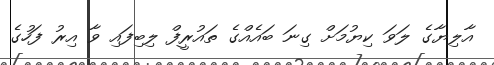
އާލިޔާގެ ލަވަ ކިޔުމަށް ގިނަ ބައެއްގެ ތައުރީފް ލިބިފައި ވާ އިރު ފަހުގެ